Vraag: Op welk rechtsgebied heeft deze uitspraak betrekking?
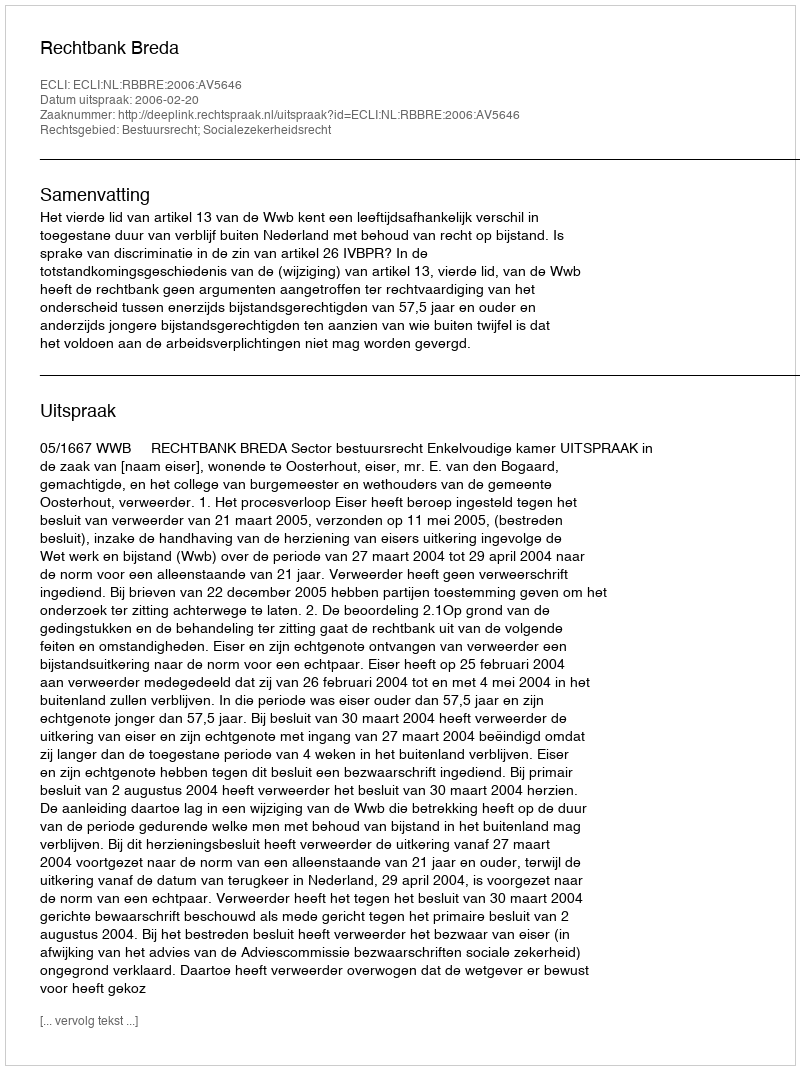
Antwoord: Bestuursrecht; Socialezekerheidsrecht